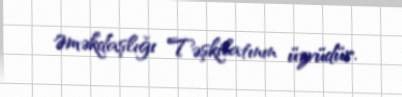
Əməkdaşlığı Təşkilatının üzvüdür.